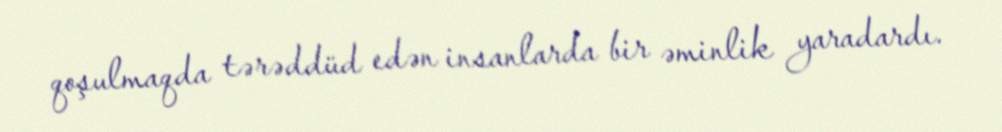
qoşulmaqda tərəddüd edən insanlarda bir əminlik yaradardı.